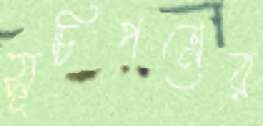
সূচিপত্রের